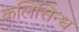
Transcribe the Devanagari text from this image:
कलिसिन्ध